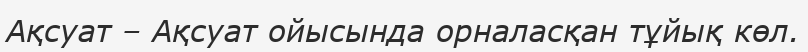
Ақсуат – Ақсуат ойысында орналасқан тұйық көл.